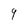
Character: 9